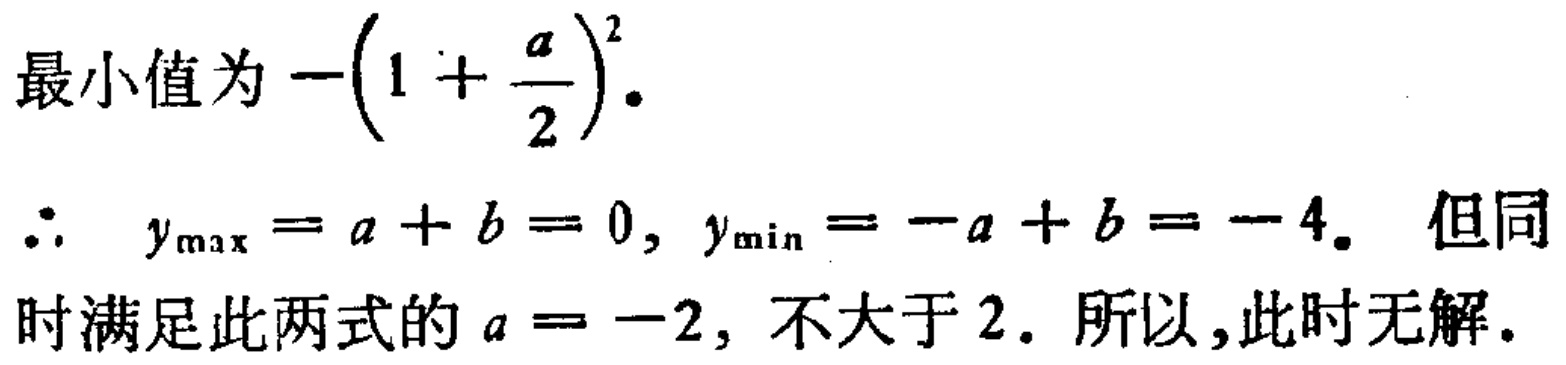
最小值为\(-\left(1 + \dfrac{a}{2}\right)^{2}.\)

\(\therefore\ y_{\max}=a + b = 0, y_{\min}=-a + b = -4.\) 但同时满足此两式的 \(a = -2\), 不大于 \(2\). 所以,此时无解.